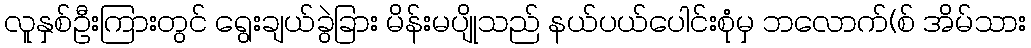
လူနှစ်ဦးကြားတွင် ရွေးချယ်ခွဲခြား မိန်းမပျိုသည် နယ်ပယ်ပေါင်းစုံမှ ဘလောက်(စ် အိမ်သား